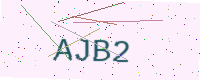
Text: AJB2